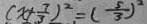
( x + \frac { 7 } { 3 } ) ^ { 2 } = ( \frac { 5 } { 3 } ) ^ { 2 }